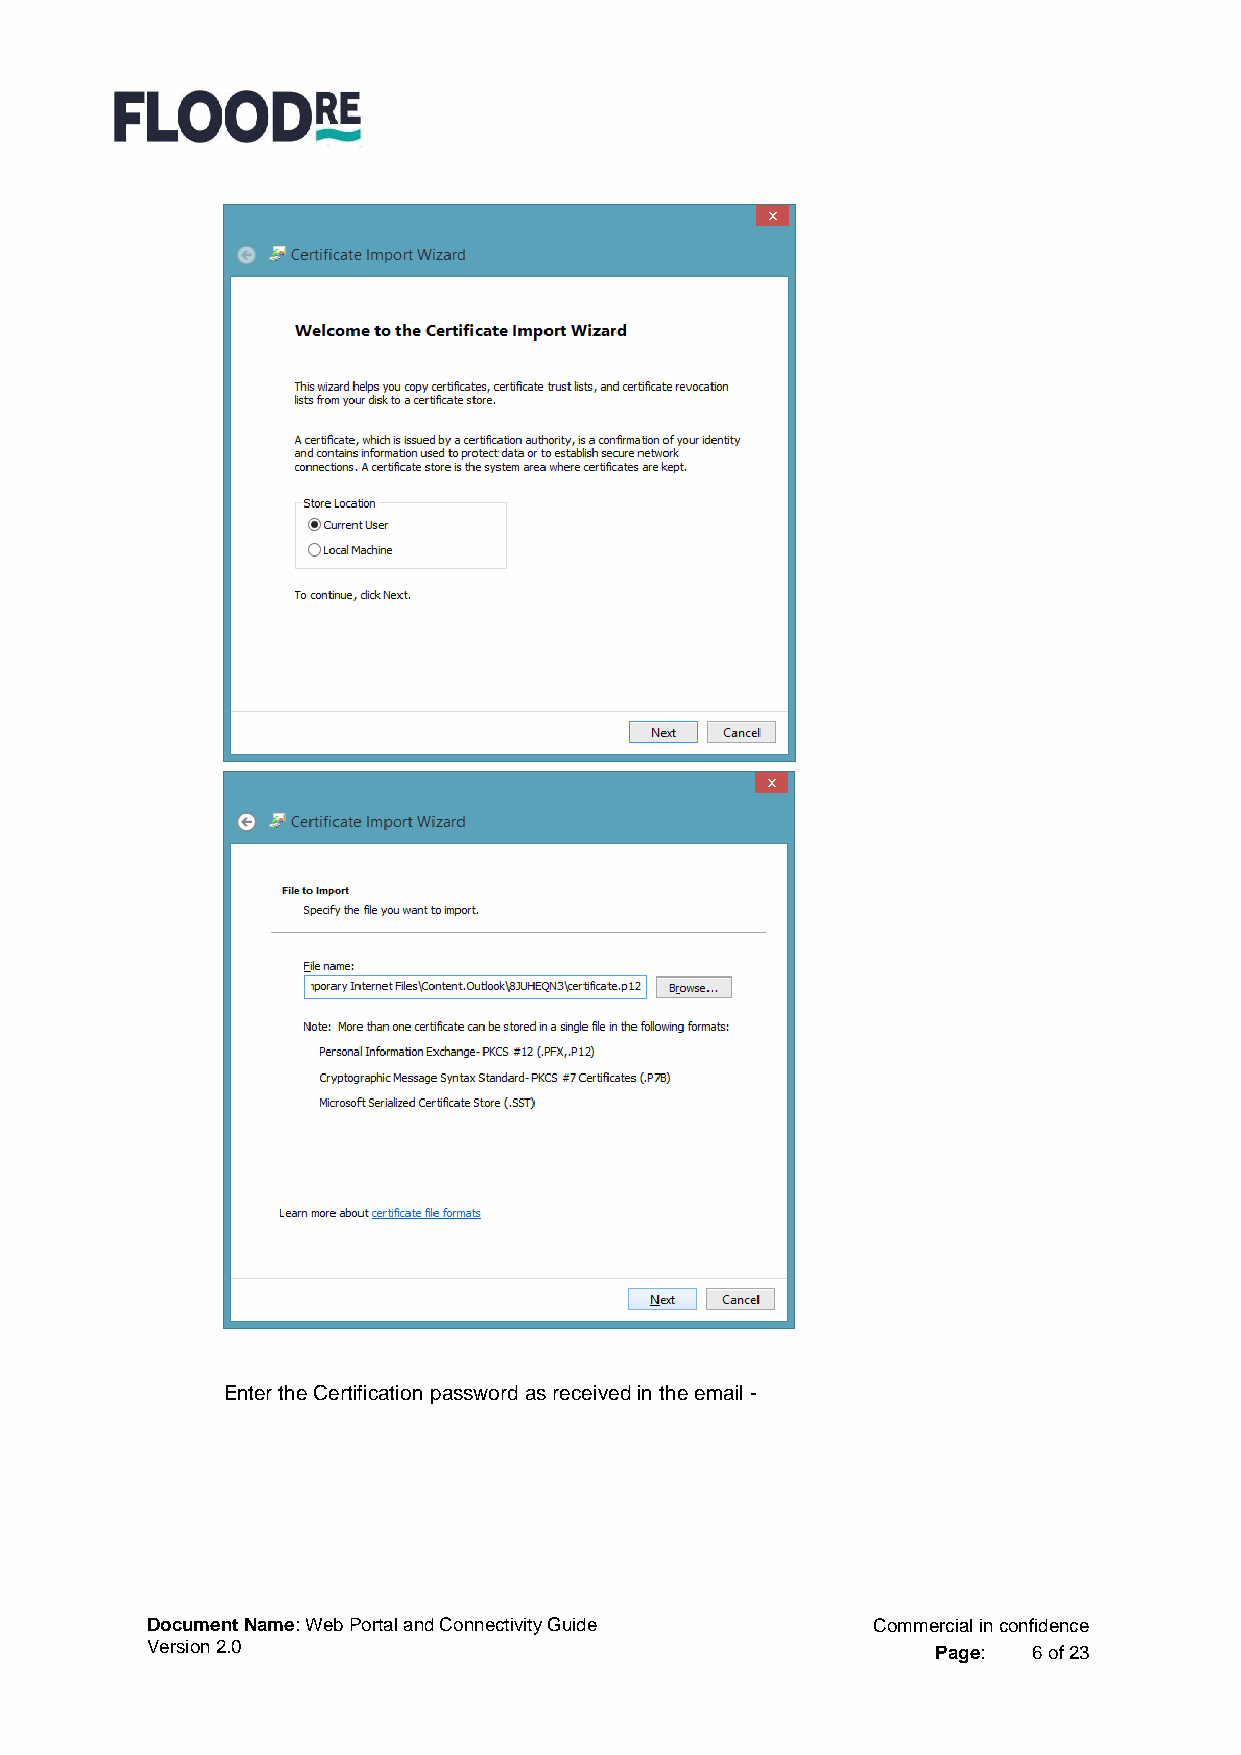
Enter the Certification password as received in the email -
 Document Name: Web Portal and Connectivity Guide Commercial in confidence
 Version 2.0                                         Page: 6 of 23